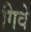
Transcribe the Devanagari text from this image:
गिवे